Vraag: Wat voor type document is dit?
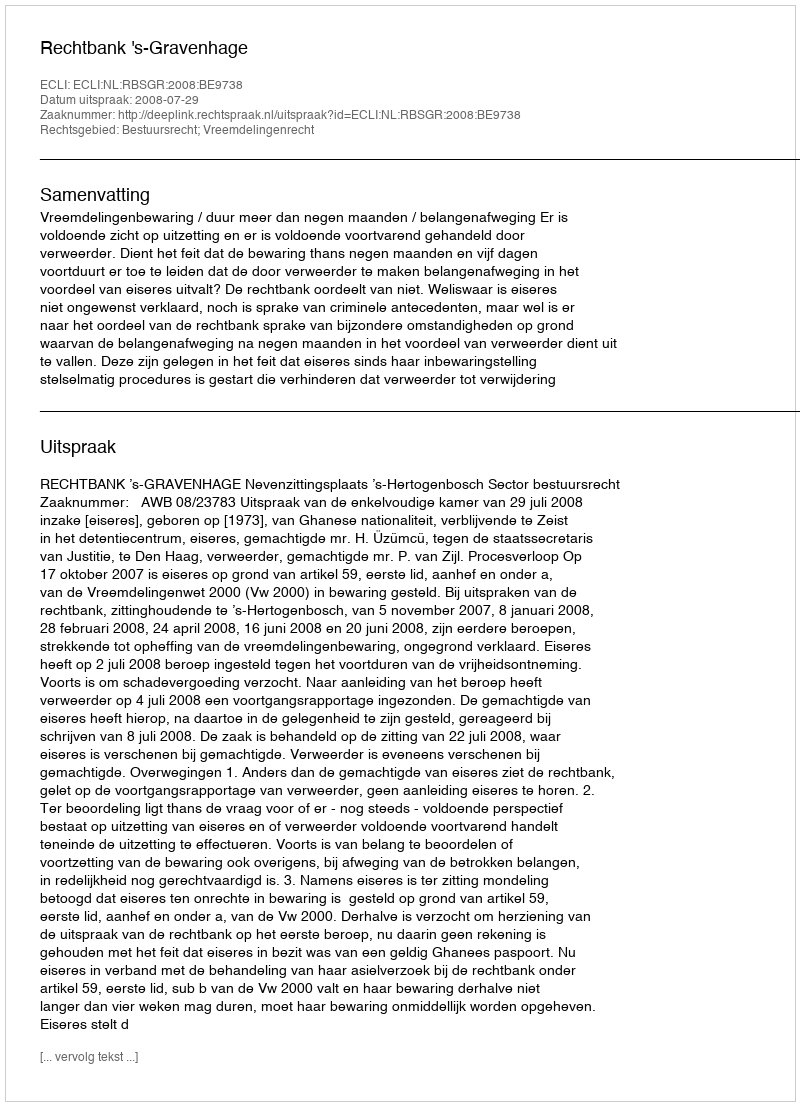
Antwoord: Uitspraak